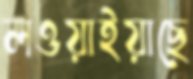
লওয়াইয়াছে